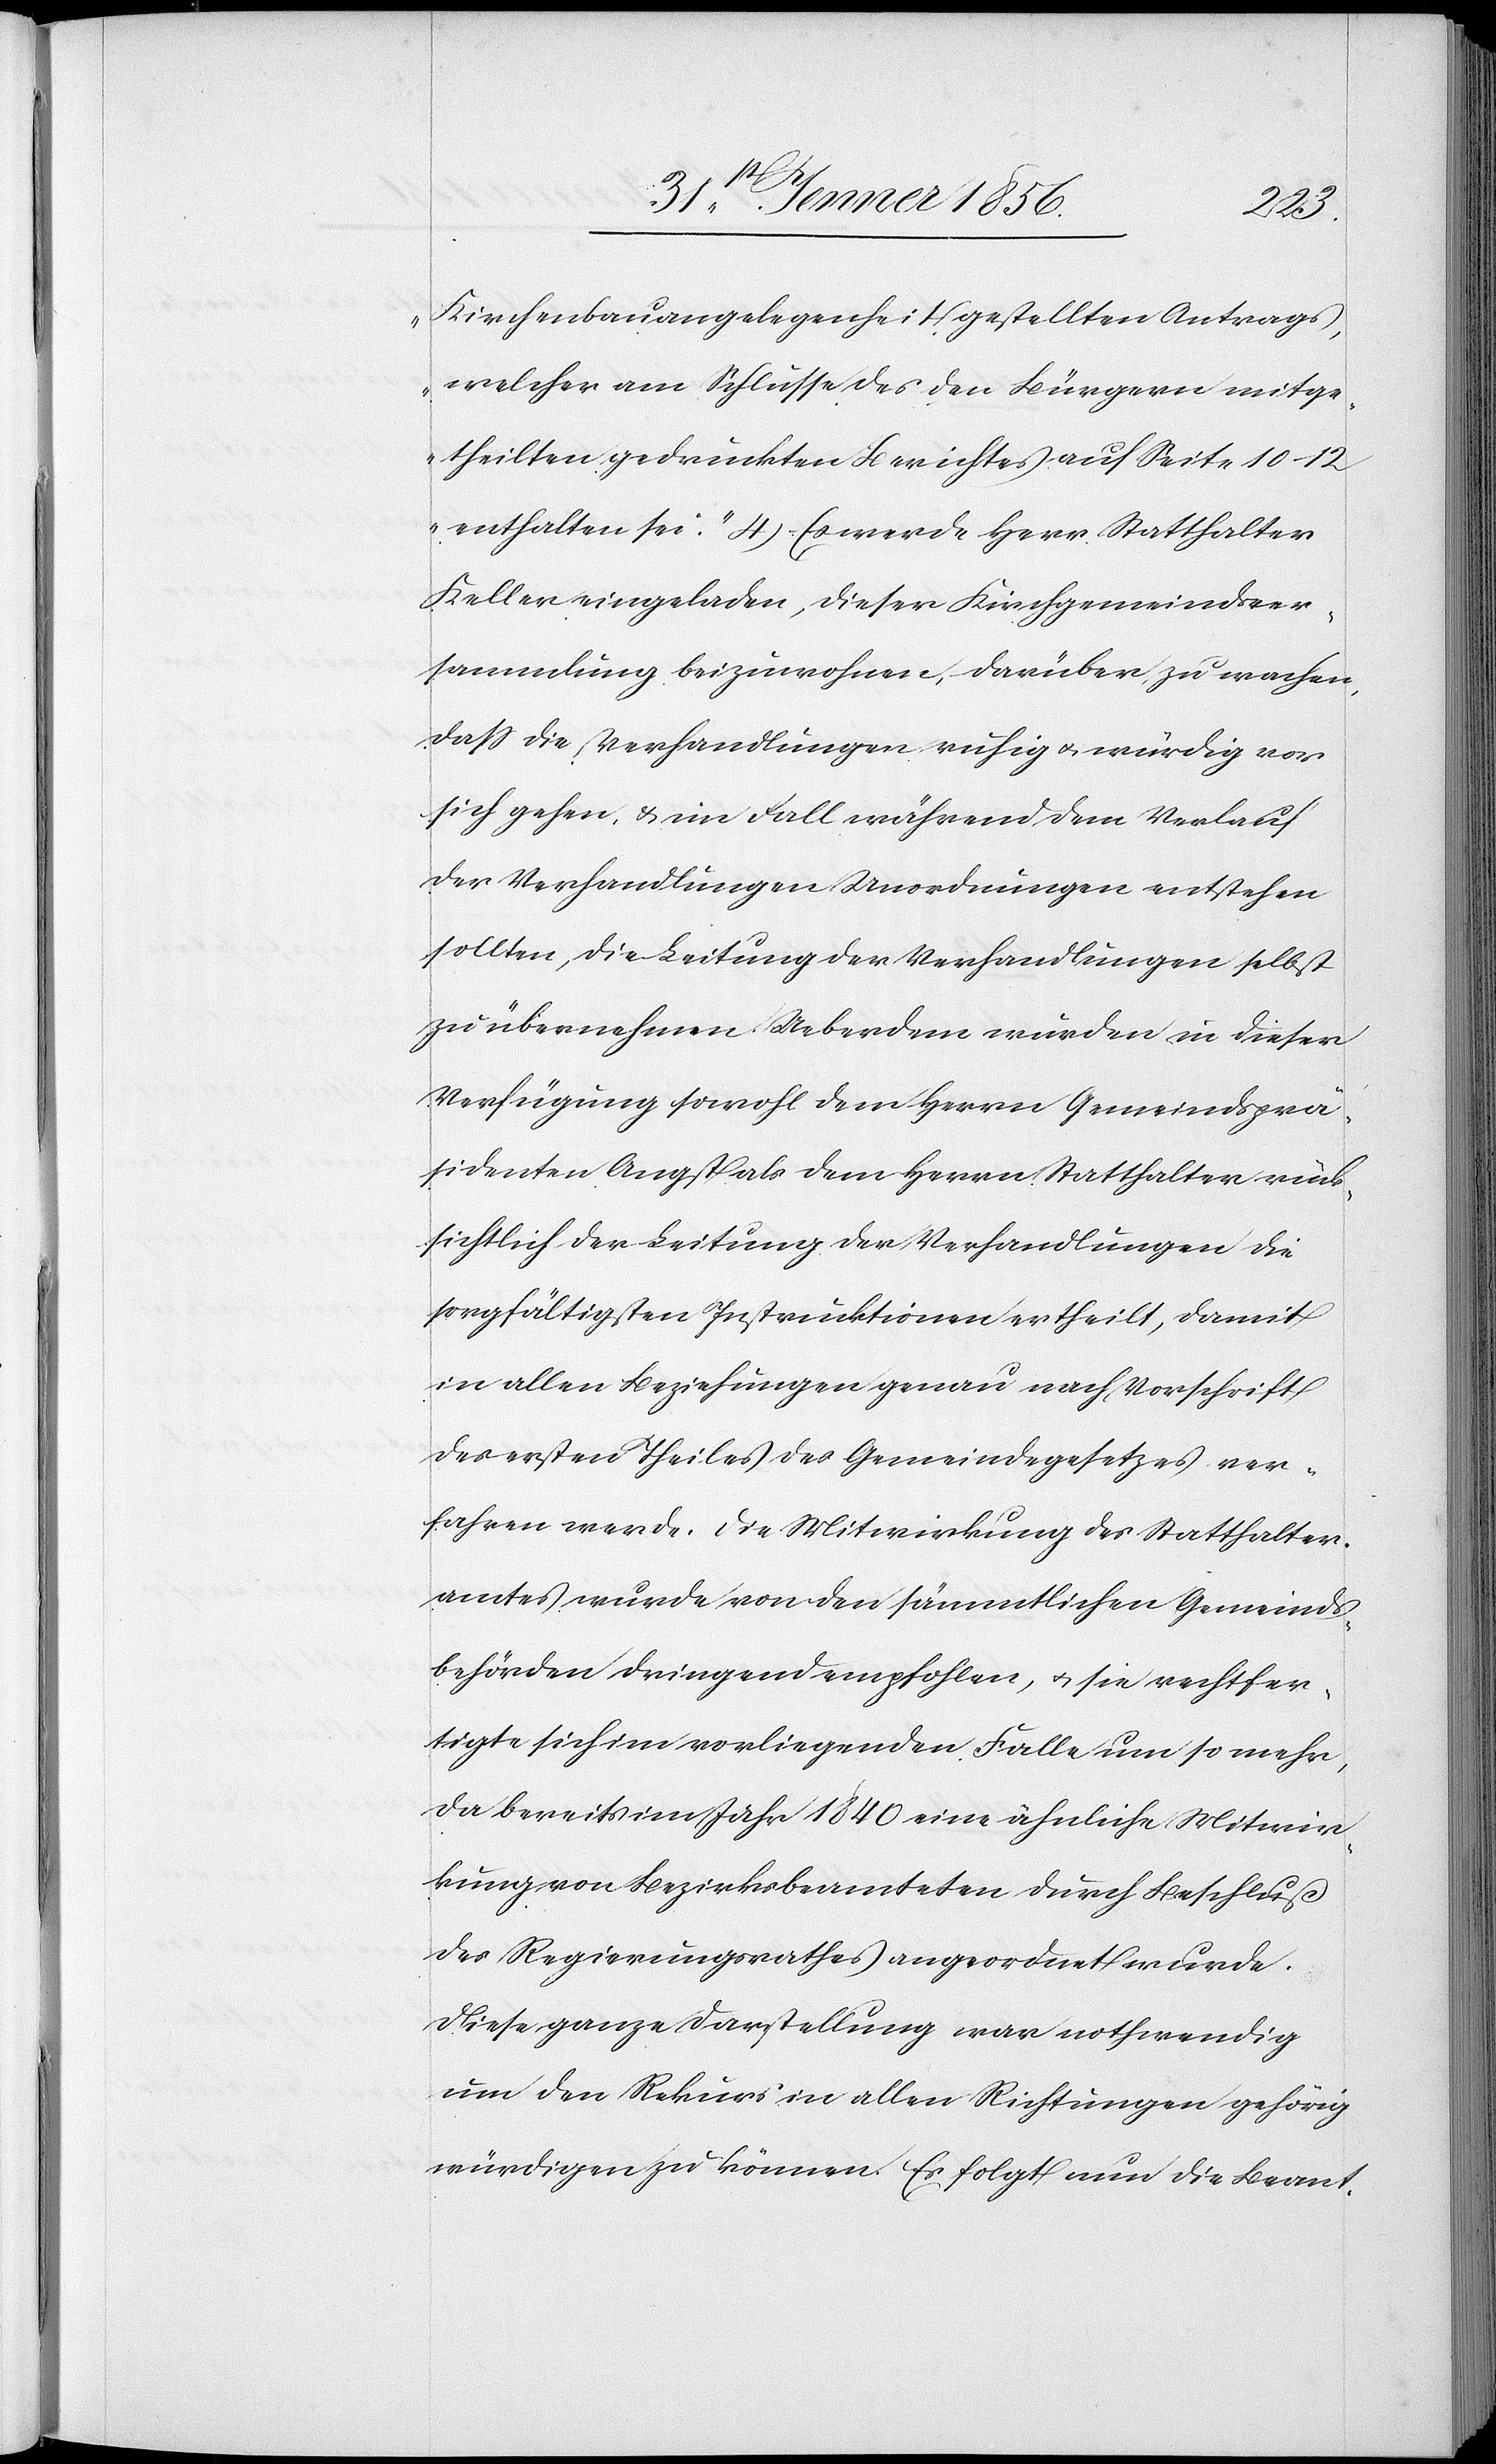
Kirchenbauangelegenheit gestellten Antrages,
welcher am Schlusse des den Bürgern mitge¬
theilten gedruckten Berichtes auf Seite 10–12
enthalten sei.“ 4) Es werde Herr Statthalter
Keller eingeladen, dieser Kirchgemeindsver¬
sammlung beizuwohnen, darüber, zu machen,
daß die Verhandlungen ruhig u. würdig vor
sich gehen, & im Fall während dem Verlauf
der Verhandlungen Unordnungen entstehen
sollten, die Leitung der Verhandlungen selbst
zu übernehmen. Ueberdem wurden in dieser
Verfügung sowohl dem Herrn Gemeindsprä¬
sidenten Angst als dem Herrn Statthalter rück¬
sichtlich der Leitung der Verhandlungen die
sorgfältigsten Instruktionen ertheilt, damit
in allen Beziehungen genau nach Vorschrift
des ersten Theiles des Gemeindegesetzes ver¬
fahren werde. Die Mitwirkung des Statthalter¬
amtes wurde von den sämmtlichen Gemeinds¬
behörden dringend empfohlen, u. sie rechtfer¬
tigte sich im vorliegenden Falle um so mehr,
da bereits im Jahr 1840 eine ähnliche Mitwir¬
kung von Bezirksbeamteten durch Beschluß
des Regierungsrathes angeordnet wurde.
Diese ganze Darstellung war nothwendig
um den Rekurs in allen Richtungen gehörig
würdigen zu können. Es folgt nun die Beant-